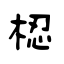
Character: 梕